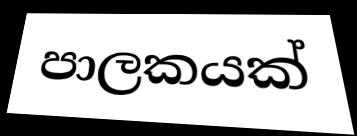
පාලකයක්